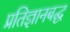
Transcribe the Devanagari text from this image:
प्रतिज्ञानबद्ध